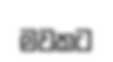
මවකට